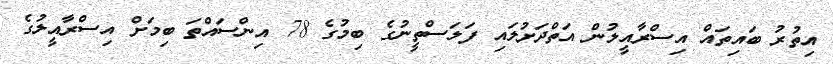
އިތުރު ބައިތައް އިސްރާއީލުން އަތްދަށުލައި ފަލަސްތީނުގެ ބިމުގެ 78 އިންސައްތަ ބިމަށް އިސްރާއީލުގެ